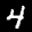
Label: 4